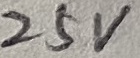
Text: 25V